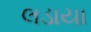
લડાયા